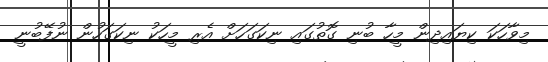
މިވާހަކަ ކިޔައިދިން މީހާ ބުނި ގޮތުގައި ނިކަގަހަށް އެރި މީހަކު ނިކަގަހުން ނުފޭބުނީ